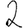
Digit: 2